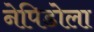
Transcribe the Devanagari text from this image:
नेपिडोला